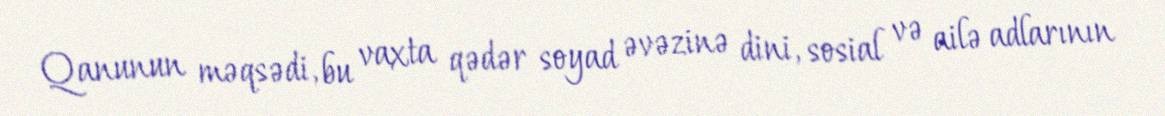
Qanunun məqsədi, bu vaxta qədər soyad əvəzinə dini, sosial və ailə adlarının